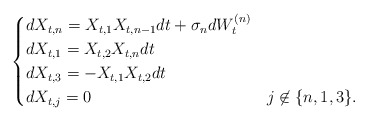
\begin{align*} \begin{cases}dX_{t,n} = X_{t,1}X_{t,n-1}dt + \sigma_n dW_t^{(n)} \\ dX_{t,1} = X_{t,2}X_{t,n}dt \\ dX_{t,3} = -X_{t,1}X_{t,2}dt \\ dX_{t,j} = 0 & j \not \in \{n,1,3\}.\end{cases}\end{align*}